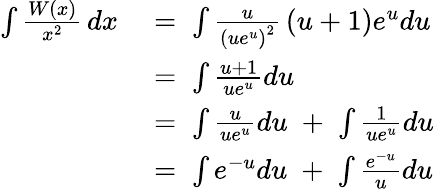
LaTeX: {\begin{array}{rl}{\int{\frac{W(x)}{x^{2}}}\, dx\; }&{=\; \int{\frac{u}{\left(ue^{u}\right)^{2}}}\left(u+1\right)e^{u}du}\\ &{=\; \int{\frac{u+1}{ue^{u}}}du}\\ &{=\; \int{\frac{u}{ue^{u}}}du\; +\; \int{\frac{1}{ue^{u}}}du}\\ &{=\; \int e^{-u}du\; +\; \int{\frac{e^{-u}}{u}}du}\end{array}}